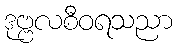
ဒုဗ္ဗလစီဝရသညာ